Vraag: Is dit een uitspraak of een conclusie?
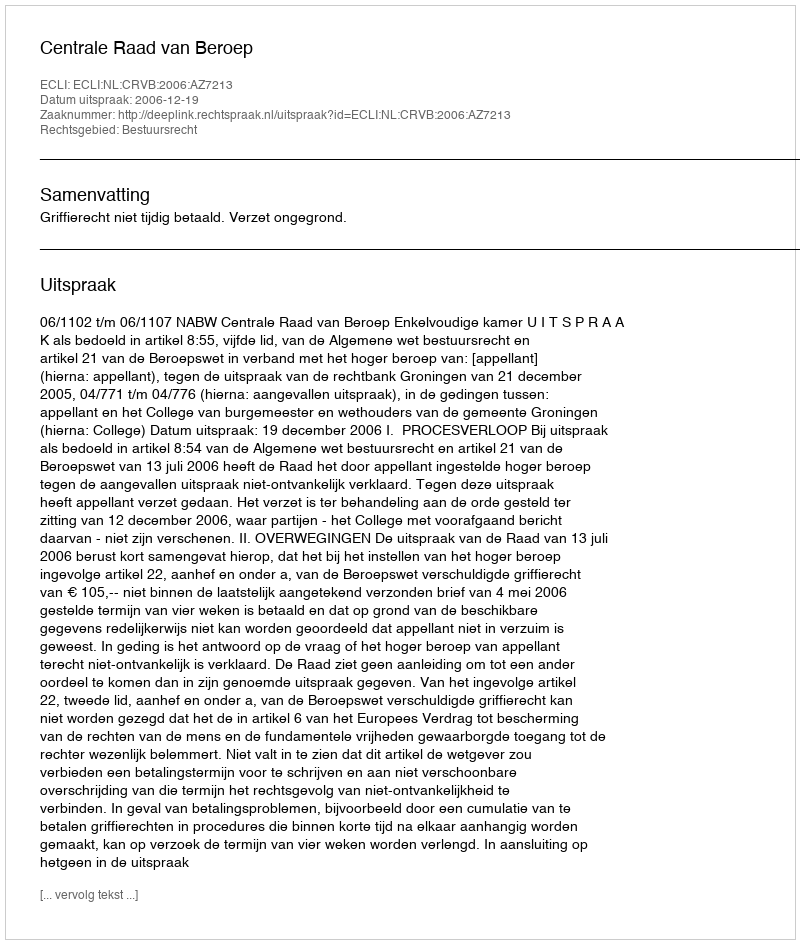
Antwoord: Uitspraak